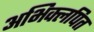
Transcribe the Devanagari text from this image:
अभिक्लपित